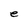
Character: e